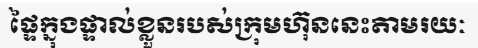
ផ្ទៃក្នុងផ្ទាល់ខ្លួនរបស់ក្រុមហ៊ុននេះតាមរយៈ